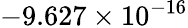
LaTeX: -9.627\times 10^{-16}